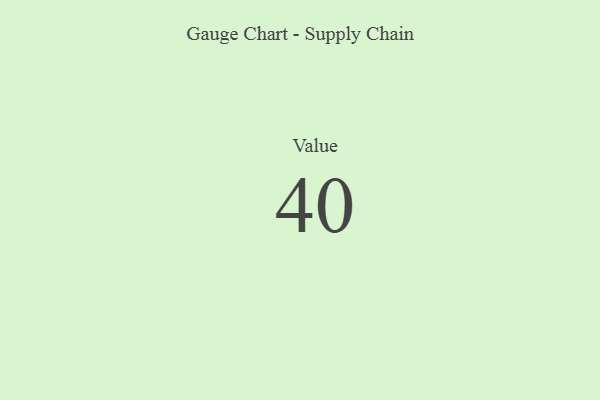
{"axis": {"x": "Metric", "y": "Value"}, "legend": [""], "data": [{"x": "Value", "y": 40, "type": ""}]}